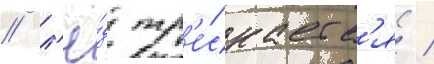
/ л'ё́д тр'е́скаетс'я /